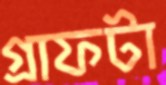
গ্রাফটা